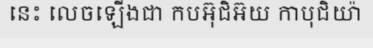
នេះ លេចឡើងជា កបអ៊ុជិអ៊យ កាបុជិយ៉ា